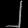
Digit: ၂